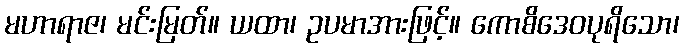
မဟာရာဇ၊ မင်းမြတ်။ ယထာ၊ ဥပမာအားဖြင့်။ ကောစိဒေဝပုရိသော၊